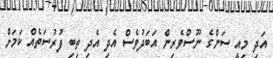
އަދި މިއީ ސަންގެ ނޫސްވެރިން އަބަދުވެސް އެދި އެދި ތިބި ފުރުސަތެއް ކަމަށް